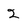
Character: 2